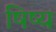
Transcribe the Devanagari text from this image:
षिष्य